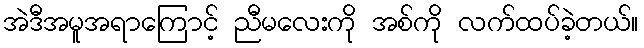
အဲဒီအမူအရာကြောင့် ညီမလေးကို အစ်ကို လက်ထပ်ခဲ့တယ်။